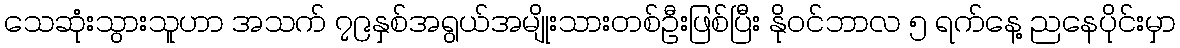
သေဆုံးသွားသူဟာ အသက် ၇၉နှစ်အရွယ်အမျိုးသားတစ်ဦးဖြစ်ပြီး နိုဝင်ဘာလ ၅ ရက်နေ့ ညနေပိုင်းမှာ